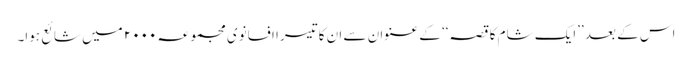
اس کے بعد ’’ایک شام کا قصہ‘‘ کے عنوان سے ان کا تیسرا افسانوی مجموعہ ۲۰۰۰ میں شائع ہوا۔